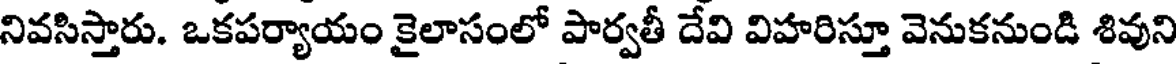
నివసిస్తారు. ఒకపర్యాయం కైలాసంలో పార్వతీ దేవి విహరిస్తూ వెనుకనుండి శివుని